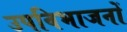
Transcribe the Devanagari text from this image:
उपविभाजनों